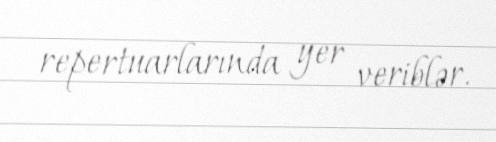
repertuarlarında yer veriblər.